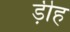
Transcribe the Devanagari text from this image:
ड़ीह